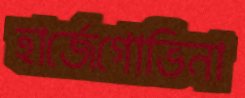
হার্জেগোভিনা